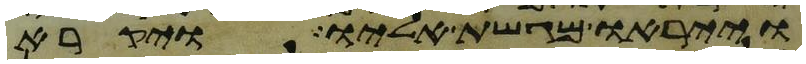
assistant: וייראו מגשת אליו ויקרא